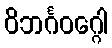
ဝိဘင်္ဂဝဂ္ဂေါ